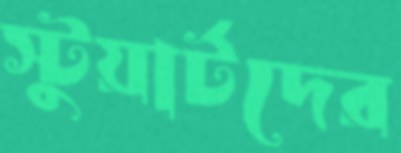
স্টুয়ার্টদের